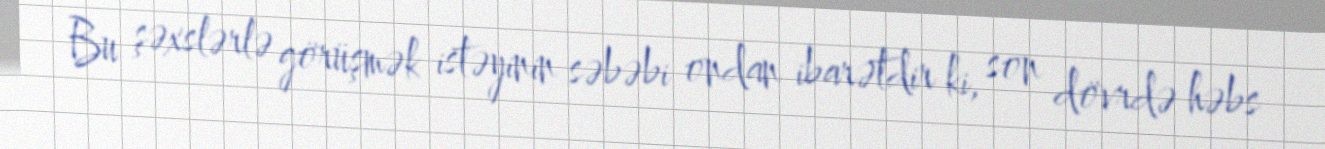
Bu şəxslərlə görüşmək istəyinin səbəbi ondan ibarətdir ki, son dövrdə həbs